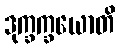
ဒုက္ခက္ခယောတိ